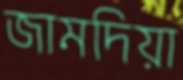
জামদিয়া